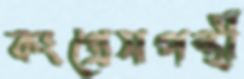
কংগ্রেসপন্থী